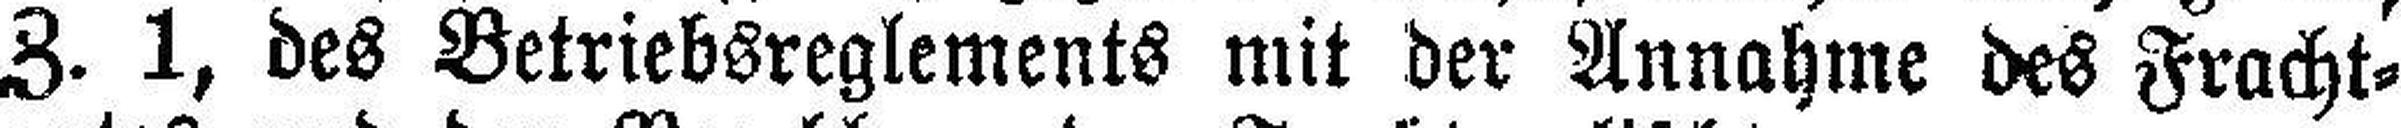
Z. 1, des Betriebsreglements mit der Annahme des Fracht¬